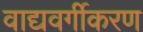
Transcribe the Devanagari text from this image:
वाद्यवर्गीकरण